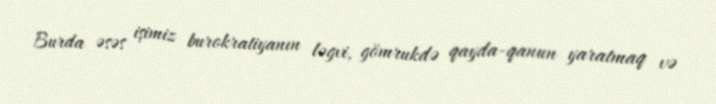
Burda əsəs işimiz burokratiyanın ləgvi, gömrukdə qayda-qanun yaratmaq və